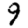
Digit: 9